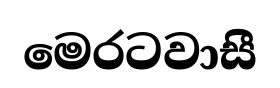
මෙරටවාසී